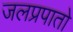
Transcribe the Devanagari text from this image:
जलप्रपातो